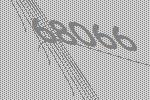
68066